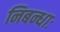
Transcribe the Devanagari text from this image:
निबन्धाः